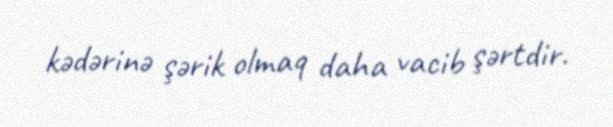
kədərinə şərik olmaq daha vacib şərtdir.